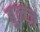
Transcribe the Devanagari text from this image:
बुल्व्ज़